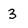
Character: 3